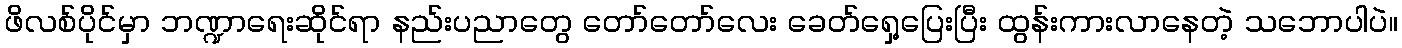
ဖိလစ်ပိုင်မှာ ဘဏ္ဍာရေးဆိုင်ရာ နည်းပညာတွေ တော်တော်လေး ခေတ်ရှေ့ပြေးပြီး ထွန်းကားလာနေတဲ့ သဘောပါပဲ။